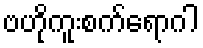
ဗဟိုကူးစက်ရောဂါ